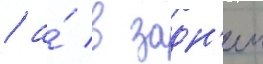
/ а́ в задн'еи